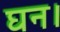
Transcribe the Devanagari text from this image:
घन।